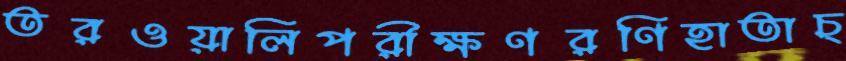
তরওয়ালিপরীক্ষণরণিহাতাচ্